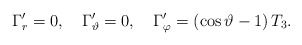
\begin{align*}\Gamma_r^\prime = 0 , \quad \Gamma_\vartheta^\prime = 0 , \quad \Gamma_\varphi^\prime = \left( \cos \vartheta - 1 \right) T_3 .\end{align*}